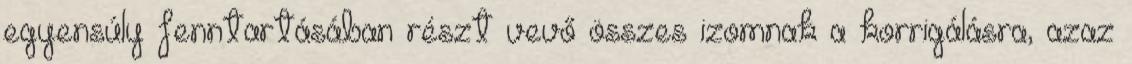
egyensúly fenntartásában részt vevő összes izomnak a korrigálásra, azaz